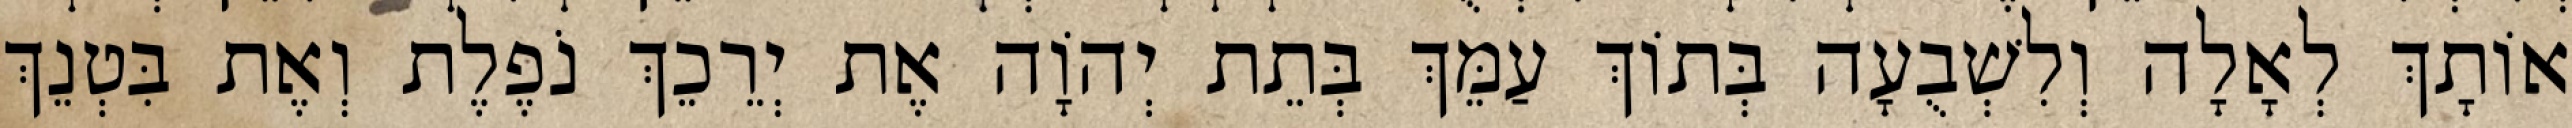
אוֹתָךְ לְאָלָה וְלִשְׁבֻעָה בְּתוֹךְ עַמֵּךְ בְּתֵת יְהוָֹה אֶת יְרֵכֵךְ נֹפֶלֶת וְאֶת בִּטְנֵךְ